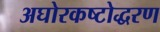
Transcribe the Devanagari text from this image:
अघोरकष्टोद्धरण